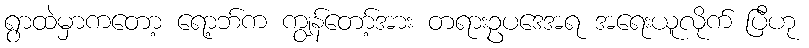
ရွာထဲမှာကတော့ ရော့ဘ်က ကျွန်တော့်အား တရားဥပဒေအရ အရေးယူလိုက် ပြီဟု